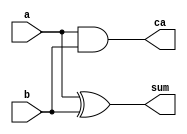
module HAdder2(a,b,sum,ca);
	input a,b;
	output sum,ca;
	assign sum = a ^ b;
	assign ca = a & b;
endmodule

module TestBench;
	reg a,b;
	wire sum,ca;
	initial
	begin
	$display("a[1]a[0] Carry Sum");
		a = 1'b0;
		b = 1'b0;
		#3 $finish;
	end
	
	always#2 a = ~a;
	always#1 b = ~b;
	
	HAdder2 U1(a,b,sum,ca);
	
	initial
	$monitor("%g	%b	%b	%b	%b", $time,a,b,ca,sum);
	endmodule